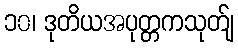
၁၀၊ ဒုတိယအပုတ္တကသုတ်ျ